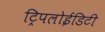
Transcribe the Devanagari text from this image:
ट्रिपलोईडिटी